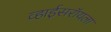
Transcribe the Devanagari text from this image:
व्हाईसरॉयला